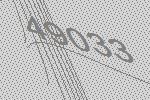
49033